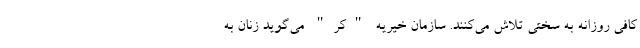
کافی روزانه به سختی تلاش می‌کنند. سازمان خیریه "کر" می‌گوید زنان به